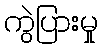
ကွဲပြားမှု